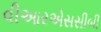
વીઆરએસસીબી